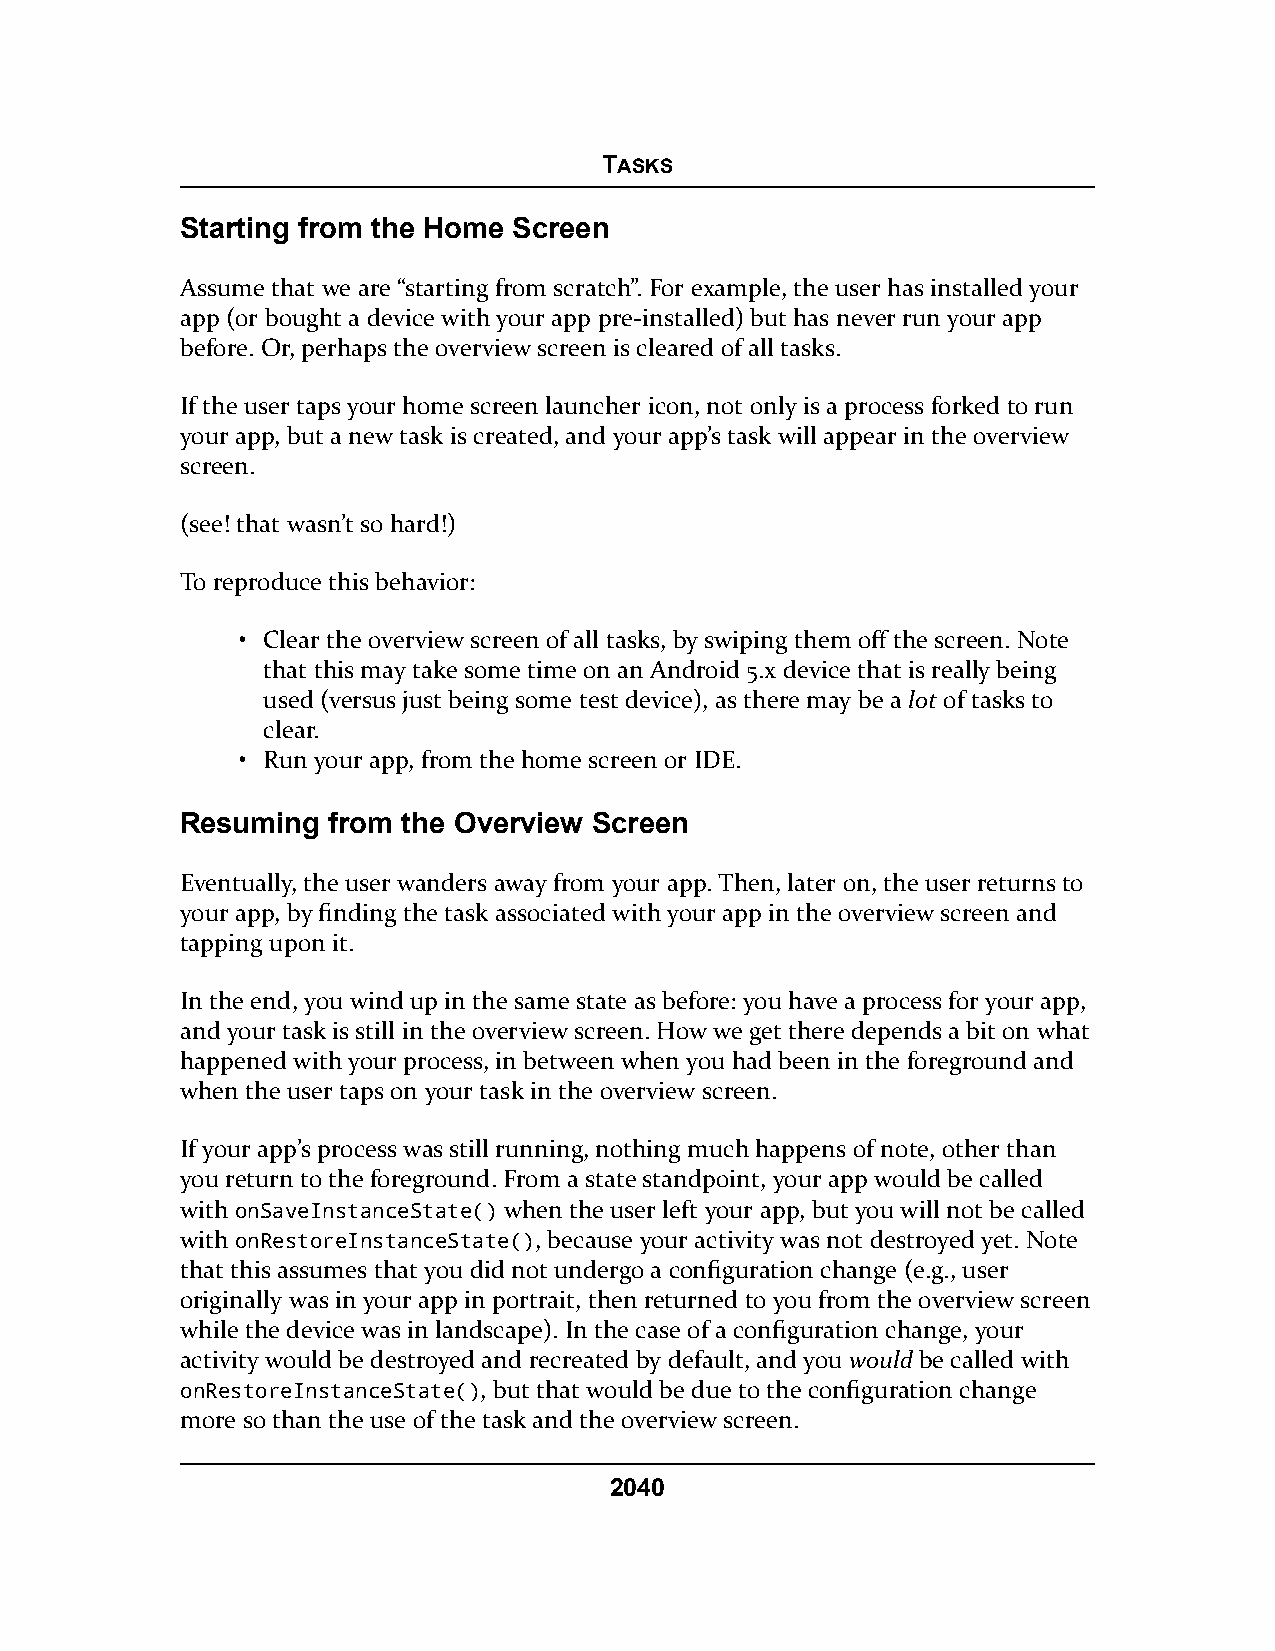
TASKS
 Starting from the Home Screen
 Assume that we are “starting from scratch”. For example, the user has installed your
 app (or bought a device with your app pre-installed) but has never run your app
 before. Or, perhaps the overview screen is cleared of all tasks.
 If the user taps your home screen launcher icon, not only is a process forked to run
 your app, but a new task is created, and your app’s task will appear in the overview
 screen.
 (see! that wasn’t so hard!)
 To reproduce this behavior:
 • Clear the overview screen of all tasks, by swiping them off the screen. Note
 that this may take some time on an Android 5.x device that is really being
 used (versus just being some test device), as there may be a lot of tasks to
 clear.
 • Run your app, from the home screen or IDE.
 Resuming  from the Overview Screen
 Eventually, the user wanders away from your app. Then, later on, the user returns to
 your app, by finding the task associated with your app in the overview screen and
 tapping upon it.
 In the end, you wind up in the same state as before: you have a process for your app,
 and your task is still in the overview screen. How we get there depends a bit on what
 happened with your process, in between when you had been in the foreground and
 when the user taps on your task in the overview screen.
 If your app’s process was still running, nothing much happens of note, other than
 you return to the foreground. From a state standpoint, your app would be called
 with onSaveInstanceState() when the user left your app, but you will not be called
 with onRestoreInstanceState(), because your activity was not destroyed yet. Note
 that this assumes that you did not undergo a configuration change (e.g., user
 originally was in your app in portrait, then returned to you from the overview screen
 while the device was in landscape). In the case of a configuration change, your
 activity would be destroyed and recreated by default, and you would be called with
 onRestoreInstanceState(), but that would be due to the configuration change
 more so than the use of the task and the overview screen.
 2040